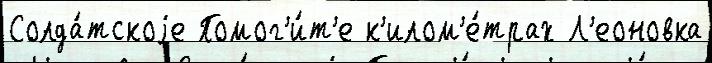
Солда́тскоjе Помог'и́т'е к'илом'е́трах Л'еоновка